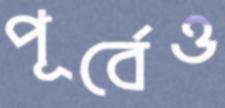
পূর্বেও